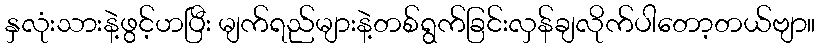
နှလုံးသားနဲ့ဖွင့်ဟပြီး မျက်ရည်များနဲ့တစ်ရွက်ခြင်းလှန်ချလိုက်ပါတော့တယ်ဗျာ။